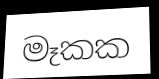
මෑකක